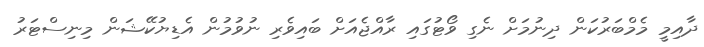
ދާއިމީ މެމްބަރުކަން ދިނުމަށް ނެގި ވޯޓުގައި ރާއްޖެއަށް ބައިވެރި ނުވުމުން އެޑިޔުކޭޝަން މިނިސްޓަރު